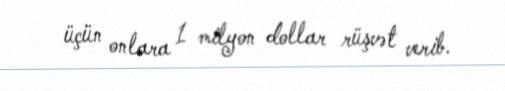
üçün onlara 1 milyon dollar rüşvət verib.